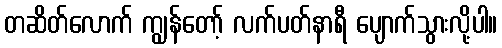
တဆိတ်လောက် ကျွန်တော့် လက်ပတ်နာရီ ပျောက်သွားလို့ပါ။